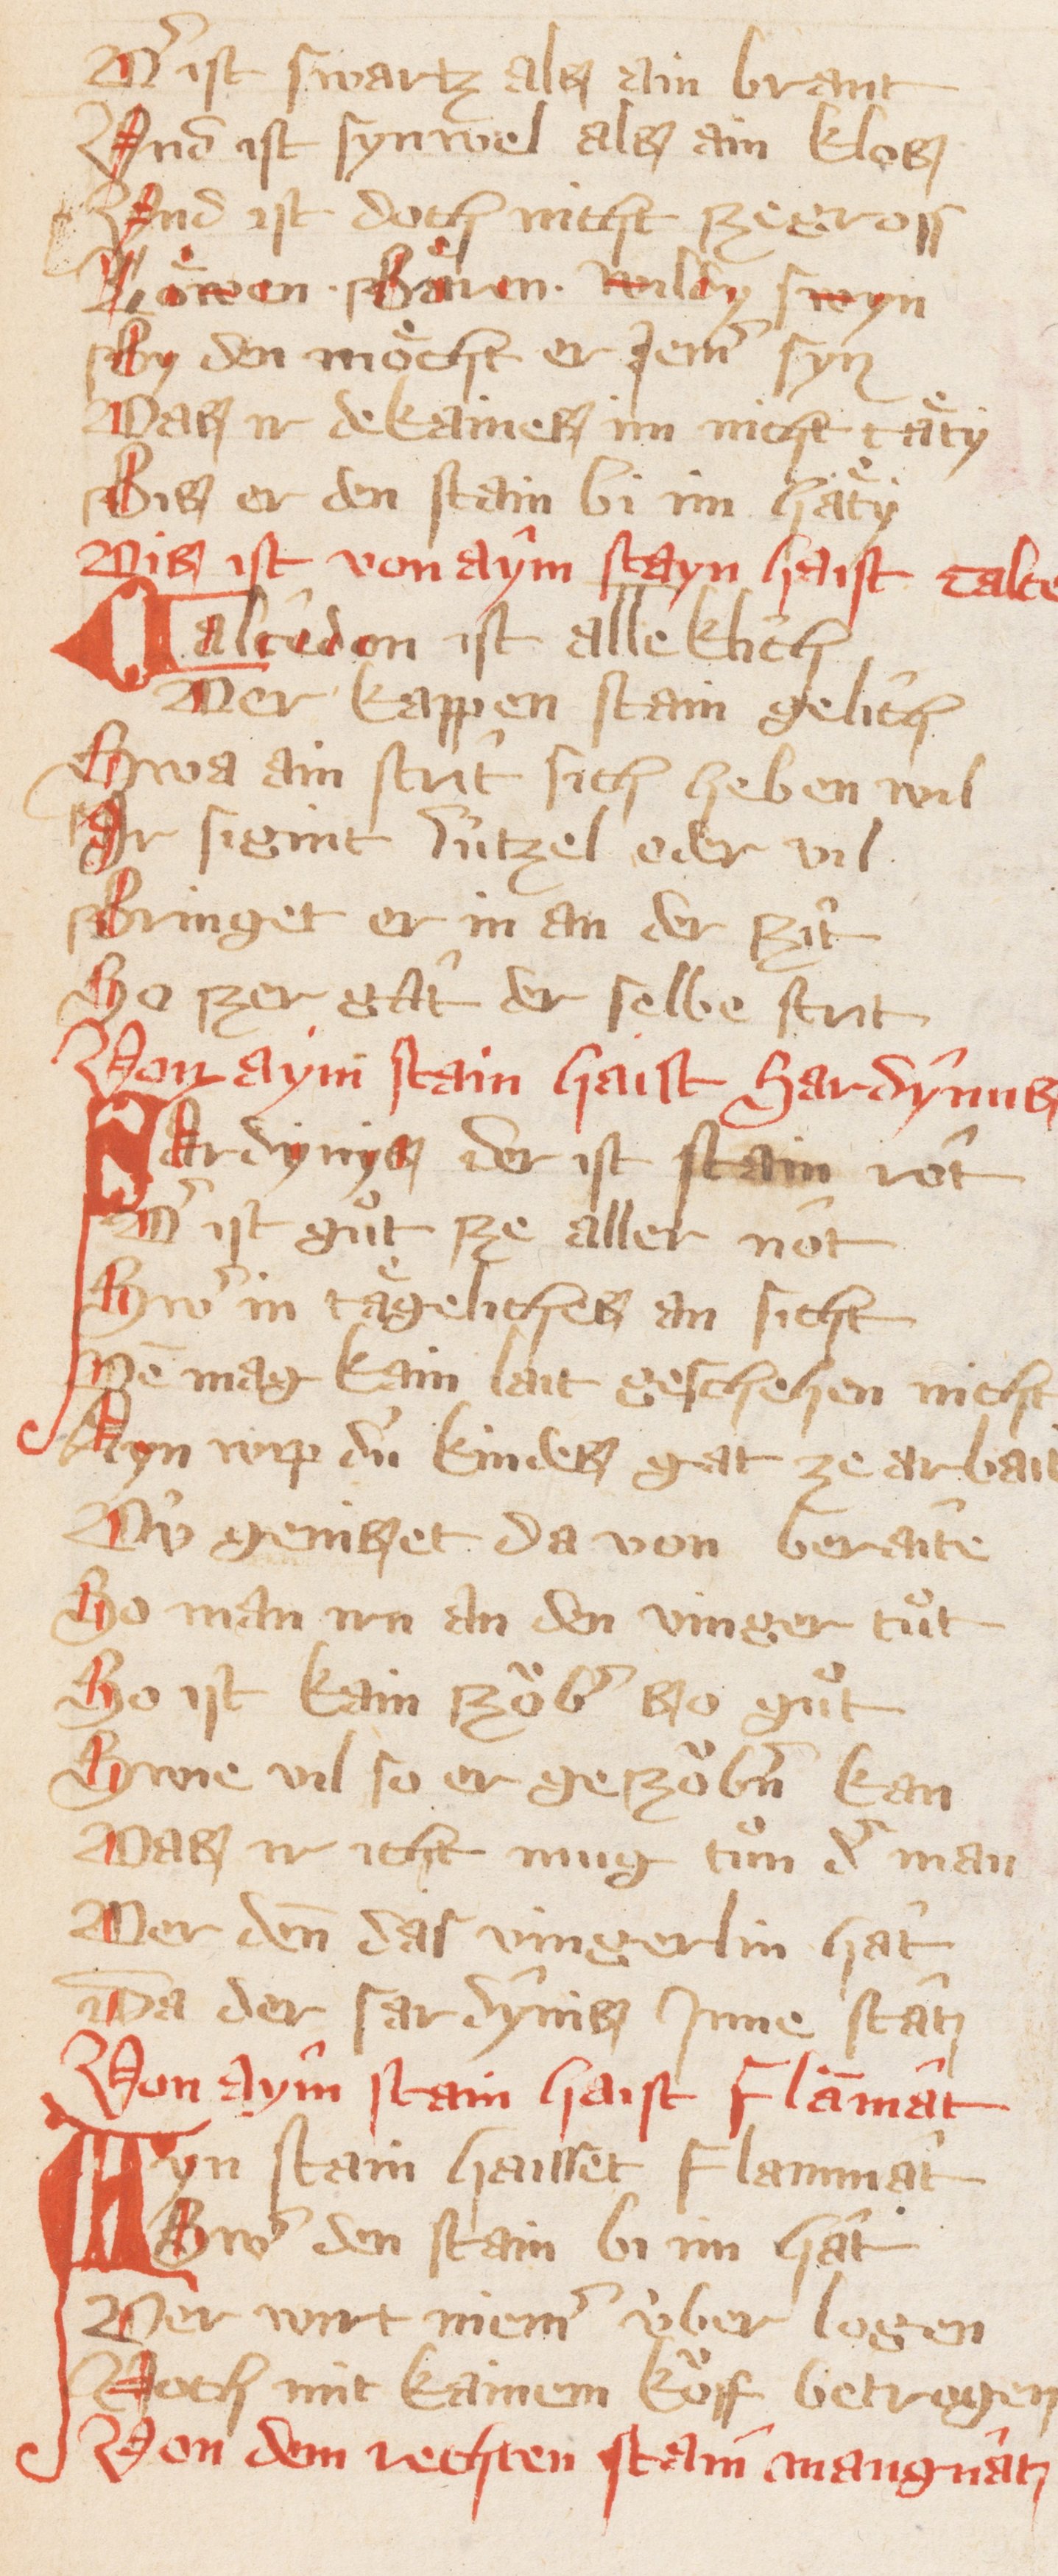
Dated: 1300–1399